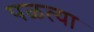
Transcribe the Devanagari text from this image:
पळत्या